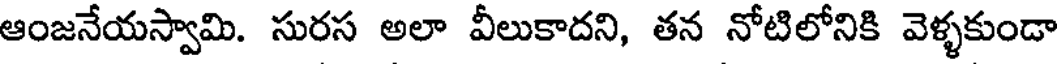
ఆంజనేయస్వామి. సురస అలా వీలుకాదని, తన నోటిలోనికి వెళ్ళకుండా